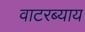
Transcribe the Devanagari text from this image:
वाटरब्याय